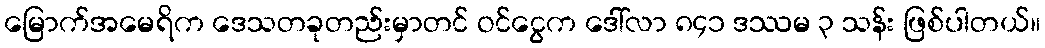
မြောက်အမေရိက ဒေသတခုတည်းမှာတင် ဝင်ငွေက ဒေါ်လာ ၈၄၁ ဒဿမ ၃ သန်း ဖြစ်ပါတယ်။